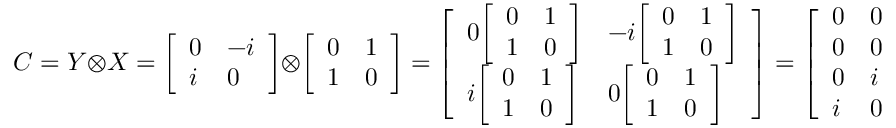
C = Y \otimes X = { \left[ \begin{array} { l l } { 0 } & { - i } \\ { i } & { 0 } \end{array} \right] } \otimes { \left[ \begin{array} { l l } { 0 } & { 1 } \\ { 1 } & { 0 } \end{array} \right] } = { \left[ \begin{array} { l l } { 0 { \left[ \begin{array} { l l } { 0 } & { 1 } \\ { 1 } & { 0 } \end{array} \right] } } & { - i { \left[ \begin{array} { l l } { 0 } & { 1 } \\ { 1 } & { 0 } \end{array} \right] } } \\ { i { \left[ \begin{array} { l l } { 0 } & { 1 } \\ { 1 } & { 0 } \end{array} \right] } } & { 0 { \left[ \begin{array} { l l } { 0 } & { 1 } \\ { 1 } & { 0 } \end{array} \right] } } \end{array} \right] } = { \left[ \begin{array} { l l l l } { 0 } & { 0 } & { 0 } & { - i } \\ { 0 } & { 0 } & { - i } & { 0 } \\ { 0 } & { i } & { 0 } & { 0 } \\ { i } & { 0 } & { 0 } & { 0 } \end{array} \right] }